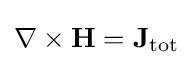
\nabla \times \mathbf {H} =\mathbf {J} _{\mathrm {tot} }